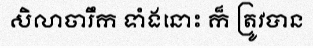
សិលាចារឹក ទាំងនោះ ក៏ ត្រូវបាន